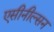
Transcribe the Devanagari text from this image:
एसीनील्सन